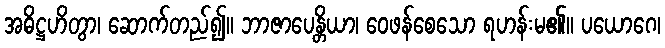
အဓိဋ္ဌဟိတွာ၊ ဆောက်တည်၍။ ဘာဇာပေန္တိယာ၊ ဝေဖန်စေသော ရဟန်းမ၏။ ပယောဂေ၊